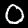
Label: 0